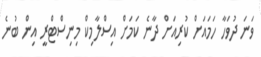
ވަނަ ދުވަހާ ހަމައަށް ކުރިއަށް ދާނެ ކަމަށް އިސްލާމިކް މިނިސްޓްރީ އިން ބުނެ